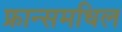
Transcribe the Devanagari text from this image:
फ्रान्समधिल